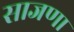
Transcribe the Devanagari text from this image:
साजणा